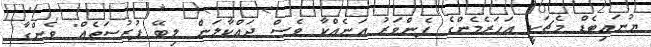
ޔުނައިޓެޑް މެޗަކީ އަހަރެމެންގެ ފެންވަރު އަނެއްކާ ވެސް ދައްކާލަން ލިބޭ ފުރުސަތެއް" ވެންގާ